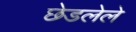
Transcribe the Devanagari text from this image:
छेडलेले